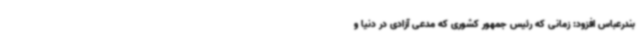
بندرعباس افزود: زمانی که رئیس جمهور کشوری که مدعی آزادی در دنیا و